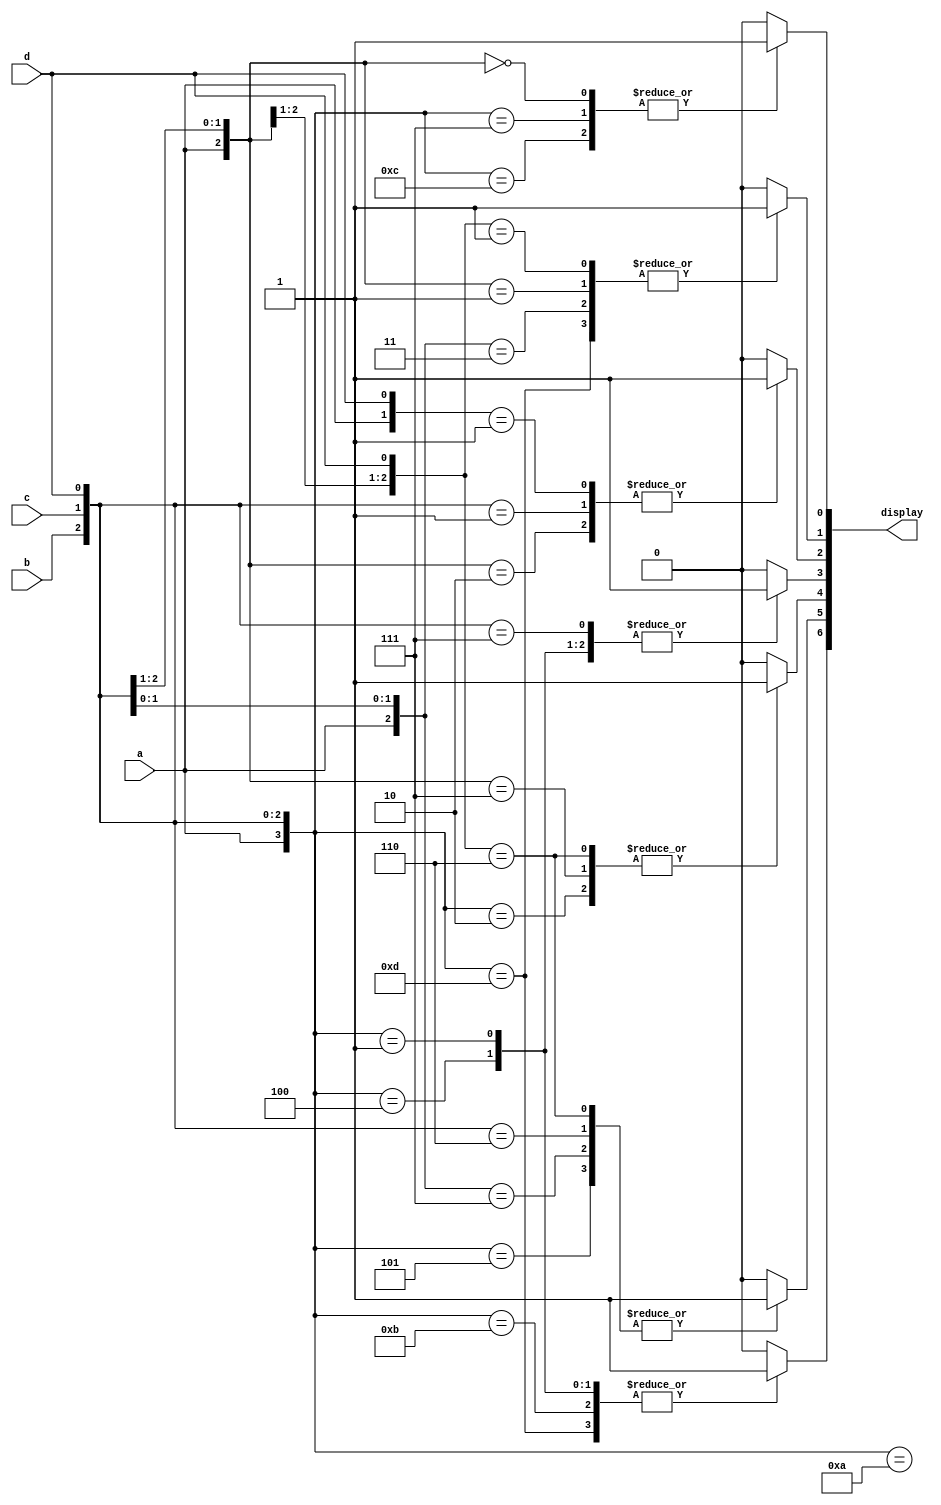
module Decoder_B(display, a, b, c, d);

input a, b, c, d;

output reg [6:0] display;

always@(a or b or c or d) begin

case({a,b,c,d})//a logic
	4'b0001, 4'b0100, 4'b1011, 4'b1101 : display[6] = 1;
	default : display[6] = 0;
endcase

casez({a,b,c,d})//b logic
	4'b?110, 4'b1?11, 4'b11?0, 4'b0101 : display[5] = 1;
	default : display[5] = 0;
endcase
casez({a,b,c,d})// c logic
	4'b11?0, 4'b111?, 4'b0010 : display[4] = 1;
	default : display[4] = 0;
endcase
casez({a,b,c,d})// d logic
	4'b?111, 4'b0001, 4'b0100, 4'b1010 : display[3] = 1;
	default : display[3] = 0;
endcase
casez({a,b,c,d}) //e logic
	4'b0??1, 4'b?001, 4'b010? : display[2] =1;
	default : display[2] = 0;
endcase
casez({a,b,c,d}) //f logic
	4'b00?1, 4'b001?, 4'b0?11, 4'b1101 : display[1] = 1;
	default : display[1] = 0;
endcase
casez({a,b,c,d})// g logic
	4'b000?, 4'b0111, 4'b1100 : display[0] = 1;
	default : display[0] = 0;
endcase

end

endmodule